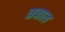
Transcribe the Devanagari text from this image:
वबाल